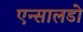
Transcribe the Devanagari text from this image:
एन्सालडो